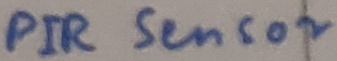
Text: PIR SENSOR